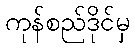
ကုန်စည်ဒိုင်မှ